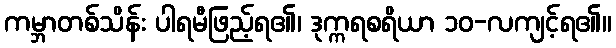
ကမ္ဘာတစ်သိန်း ပါရမီဖြည့်ရ၏၊ ဒုက္ကရစရိယာ ၁၀-လကျင့်ရ၏။